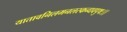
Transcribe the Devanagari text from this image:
यातावनिलमनलस्कन्धवपुषः।।